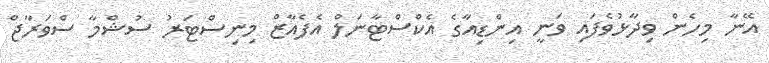
އޭނާ މިހެން ވިދާޅުވެފައި ވަނީ އިންޑިއާގެ އެކްސްޓާނަލް އެފެއާޒް މިނިސްޓަރު ސުޝްމާ ސްވަރާޖް